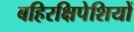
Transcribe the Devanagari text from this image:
बहिरक्षिपेशियों